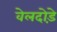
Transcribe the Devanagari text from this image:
वेलदोड़े